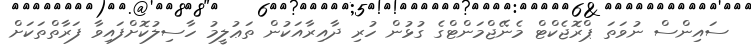
ސައިންސް ނުވަތަ ޕްރޮޖެކްޓް މެނޭޖްމަންޓްގެ ގުޅުން ހުރި ދާއިރާއަކުން ތަޢުލީމު ހާސިލުކޮށްފައިވާ ފަރާތްތަކަށް